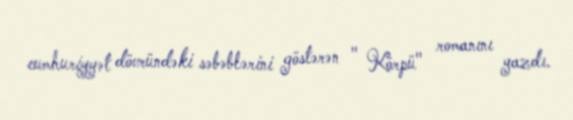
cumhuriyyət dövründəki səbəblərini göstərən " Körpü" romanını yazdı.